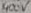
Text: 400V